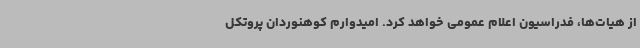
از هیات‌ها، فدراسیون اعلام عمومی خواهد کرد. امیدوارم کوهنوردان پروتکل